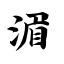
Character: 湄